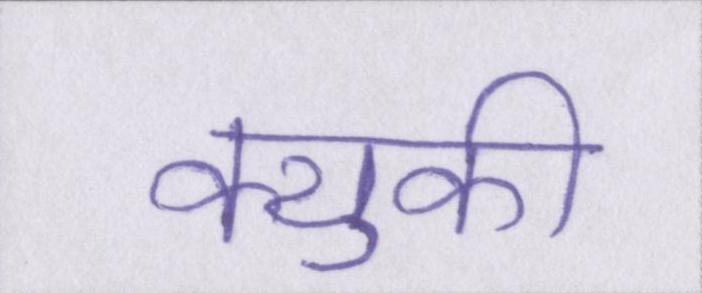
क्युकी